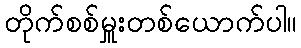
တိုက်စစ်မှူးတစ်ယောက်ပါ။